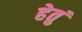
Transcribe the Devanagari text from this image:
हेतुं